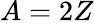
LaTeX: A=2Z